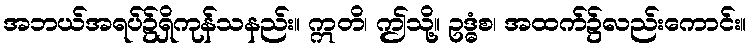
အဘယ်အရပ်၌ရှိကုန်သနည်း။ ဣတိ၊ ဤသို့။ ဥဒ္ဓံစ၊ အထက်၌လည်းကောင်း။